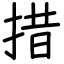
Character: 措